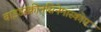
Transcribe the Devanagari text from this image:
वाइडस्क्रीनसिनेमास्कोप